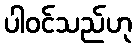
ပါဝင်သည်ဟု